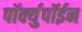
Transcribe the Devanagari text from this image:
पॉर्क्युपॉईन